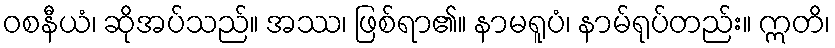
ဝစနီယံ၊ ဆိုအပ်သည်။ အဿ၊ ဖြစ်ရာ၏။ နာမရူပံ၊ နာမ်ရုပ်တည်း။ ဣတိ၊